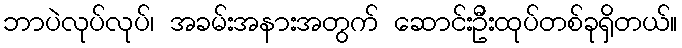
ဘာပဲလုပ်လုပ်၊ အခမ်းအနားအတွက် ဆောင်းဦးထုပ်တစ်ခုရှိတယ်။